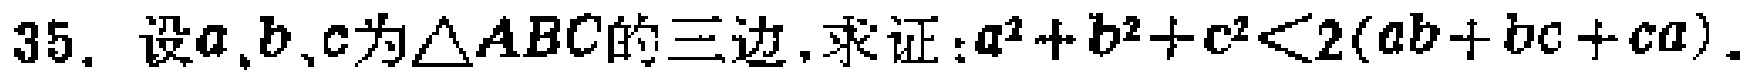
35. 设\(a,b,c\)为\(\triangle ABC\)的三边, 求证:\(a^{2}+b^{2}+c^{2}<2(ab + bc + ca)\).